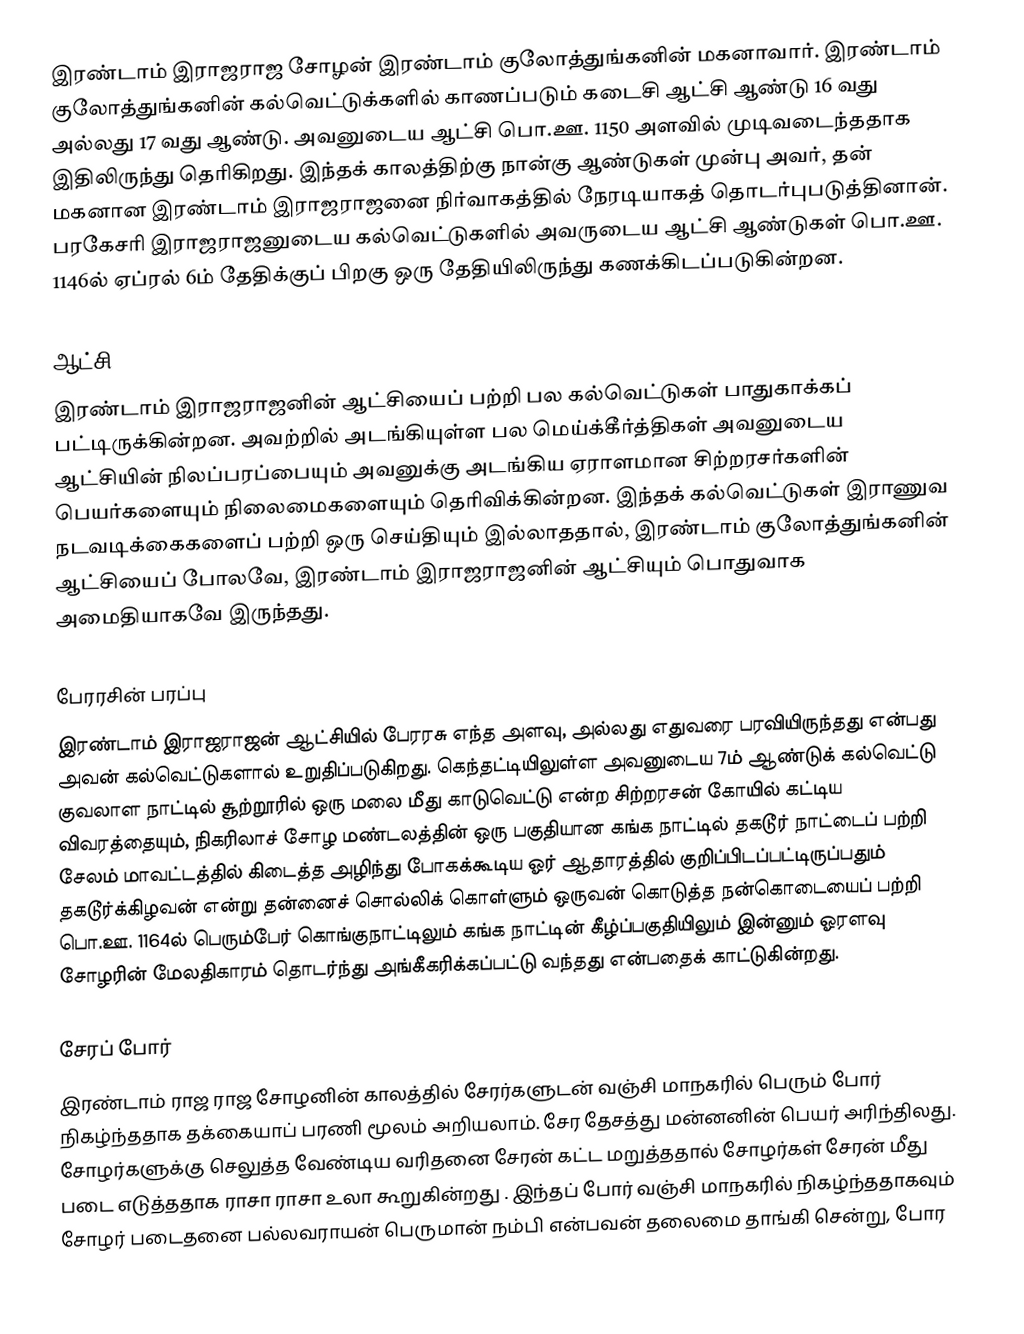
இரண்டாம் இராஜராஜ சோழன் இரண்டாம் குலோத்துங்கனின் மகனாவார். இரண்டாம் குலோத்துங்கனின் கல்வெட்டுக்களில் காணப்படும் கடைசி ஆட்சி ஆண்டு 16 வது அல்லது 17 வது ஆண்டு. அவனுடைய ஆட்சி பொ.ஊ. 1150 அளவில் முடிவடைந்ததாக இதிலிருந்து தெரிகிறது. இந்தக் காலத்திற்கு நான்கு ஆண்டுகள் முன்பு அவர், தன் மகனான இரண்டாம் இராஜராஜனை நிர்வாகத்தில் நேரடியாகத் தொடர்புபடுத்தினான். பரகேசரி இராஜராஜனுடைய கல்வெட்டுகளில் அவருடைய ஆட்சி ஆண்டுகள் பொ.ஊ. 1146ல் ஏப்ரல் 6ம் தேதிக்குப் பிறகு ஒரு தேதியிலிருந்து கணக்கிடப்படுகின்றன.

ஆட்சி
இரண்டாம் இராஜராஜனின் ஆட்சியைப் பற்றி பல கல்வெட்டுகள் பாதுகாக்கப் பட்டிருக்கின்றன. அவற்றில் அடங்கியுள்ள பல மெய்க்கீர்த்திகள் அவனுடைய ஆட்சியின் நிலப்பரப்பையும் அவனுக்கு அடங்கிய ஏராளமான சிற்றரசர்களின் பெயர்களையும் நிலைமைகளையும் தெரிவிக்கின்றன. இந்தக் கல்வெட்டுகள் இராணுவ நடவடிக்கைகளைப் பற்றி ஒரு செய்தியும் இல்லாததால், இரண்டாம் குலோத்துங்கனின் ஆட்சியைப் போலவே, இரண்டாம் இராஜராஜனின் ஆட்சியும் பொதுவாக அமைதியாகவே இருந்தது.

பேரரசின் பரப்பு
இரண்டாம் இராஜராஜன்  ஆட்சியில் பேரரசு எந்த அளவு, அல்லது எதுவரை பரவியிருந்தது என்பது அவன் கல்வெட்டுகளால் உறுதிப்படுகிறது. கெந்தட்டியிலுள்ள அவனுடைய 7ம் ஆண்டுக் கல்வெட்டு குவலாள நாட்டில் சூற்றூரில் ஒரு மலை மீது காடுவெட்டு என்ற சிற்றரசன் கோயில் கட்டிய விவரத்தையும், நிகரிலாச் சோழ மண்டலத்தின் ஒரு பகுதியான கங்க நாட்டில் தகடூர் நாட்டைப் பற்றி சேலம் மாவட்டத்தில் கிடைத்த அழிந்து போகக்கூடிய ஓர் ஆதாரத்தில் குறிப்பிடப்பட்டிருப்பதும் தகடூர்க்கிழவன் என்று தன்னைச் சொல்லிக் கொள்ளும் ஒருவன் கொடுத்த நன்கொடையைப் பற்றி பொ.ஊ. 1164ல் பெரும்பேர் கொங்குநாட்டிலும் கங்க நாட்டின் கீழ்ப்பகுதியிலும் இன்னும் ஓரளவு சோழரின் மேலதிகாரம் தொடர்ந்து அங்கீகரிக்கப்பட்டு வந்தது என்பதைக் காட்டுகின்றது.

சேரப் போர்
இரண்டாம் ராஜ ராஜ சோழனின் காலத்தில் சேரர்களுடன் வஞ்சி மாநகரில் பெரும் போர் நிகழ்ந்ததாக தக்கையாப் பரணி மூலம் அறியலாம். சேர தேசத்து மன்னனின் பெயர் அரிந்திலது. சோழர்களுக்கு செலுத்த வேண்டிய வரிதனை சேரன் கட்ட மறுத்ததால் சோழர்கள் சேரன் மீது படை எடுத்ததாக ராசா ராசா உலா கூறுகின்றது . இந்தப் போர் வஞ்சி மாநகரில் நிகழ்ந்ததாகவும் சோழர் படைதனை பல்லவராயன் பெருமான் நம்பி என்பவன் தலைமை தாங்கி சென்று, போர